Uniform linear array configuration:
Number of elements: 12
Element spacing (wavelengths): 0.75
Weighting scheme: hann
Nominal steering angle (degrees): -45
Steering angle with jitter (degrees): -46.502
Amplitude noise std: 0.05
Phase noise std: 0.05

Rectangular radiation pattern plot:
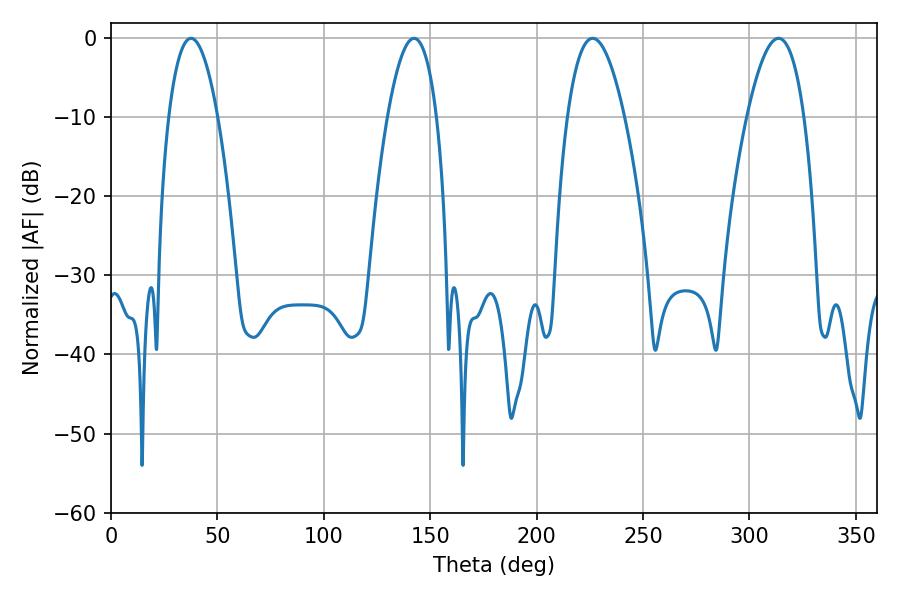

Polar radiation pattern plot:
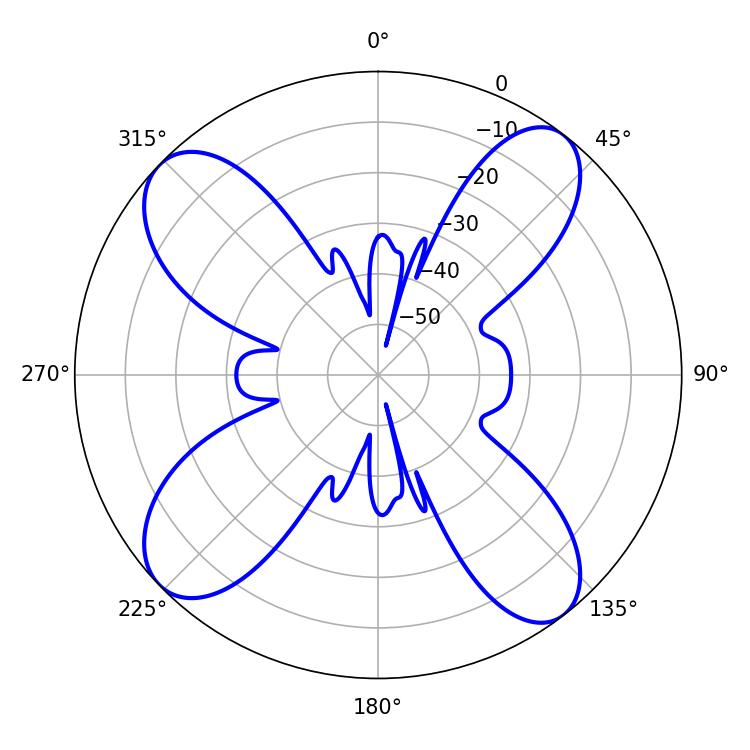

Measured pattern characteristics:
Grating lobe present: TRUE
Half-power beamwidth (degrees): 12.78
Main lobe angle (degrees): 37.62